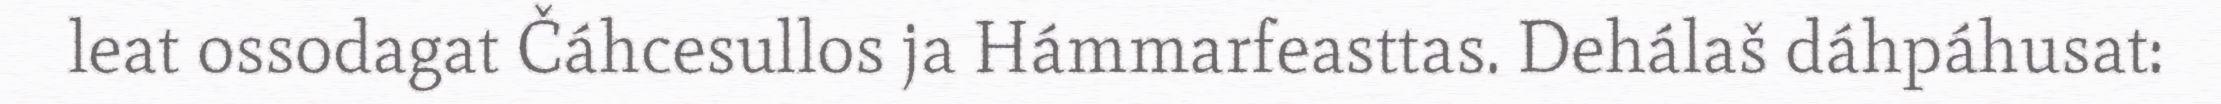
leat ossodagat Čáhcesullos ja Hámmarfeasttas. Dehálaš dáhpáhusat: